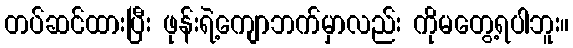
တပ်ဆင်ထားပြီး ဖုန်းရဲ့ကျောဘက်မှာလည်း ကိုမတွေ့ရပါဘူး။